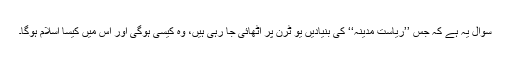
سوال یہ ہے کہ جس ’’ریاستِ مدینہ‘‘ کی بنیادیں یو ٹرن پر اُٹھائی جا رہی ہیں، وہ کیسی ہوگی اور اُس میں کیسا اسلام ہوگا۔